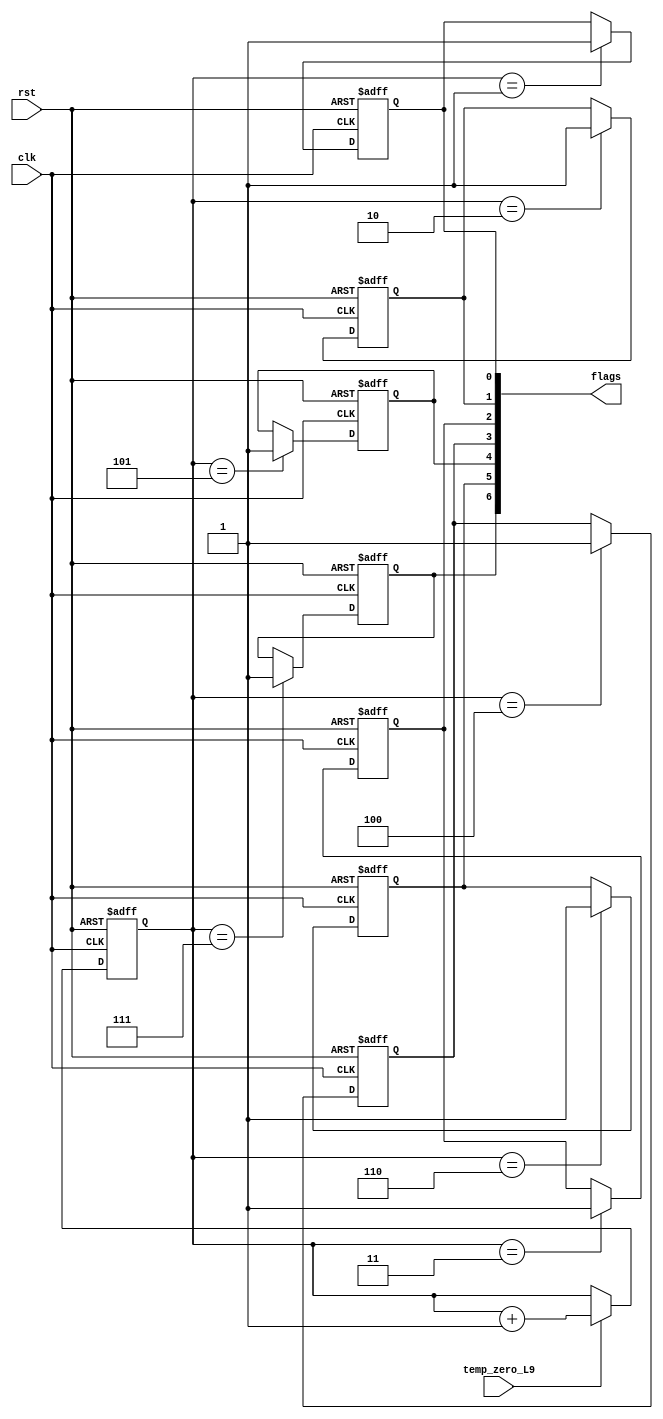
module START_L10_L16(clk,rst,flags,temp_zero_L9);
input wire clk,rst;
input wire temp_zero_L9;
output wire [6:0] flags;

reg [2:0] counter;
reg flag17,flag16,flag15,flag14,flag13,flag12,flag11;

always @ (posedge clk or negedge rst)
begin
	if(!rst)
		begin 
			counter<=0; flag11<=0; flag12<=0; flag13<=0; flag14<=0; flag15<=0; flag16<=0; flag17<=0;
		end
	else 
		begin
			if (temp_zero_L9)
				counter<=counter+3'b1;
			case(counter)
			1: flag11<=1'b1;
			2: flag12<=1'b1;
			3: flag13<=1'b1;
			4: flag14<=1'b1;
			5: flag15<=1'b1;
			6: flag16<=1'b1;
			7: flag17<=1'b1;
			endcase
		end
end 
assign flags={flag17,flag16,flag15,flag14,flag13,flag12,flag11};

endmodule